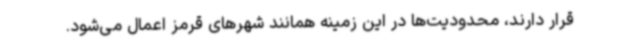
قرار دارند، محدودیت‌ها در این زمینه همانند شهرهای قرمز اعمال می‌شود.